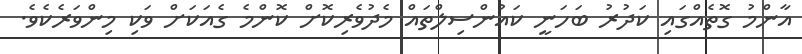
އާންމު ގޮތެއްގައި ކަދުރު ބަހަނީ ކައުންސިލްތައް މެދުވެރިކޮށް ކޮންމެ ގެއަކަށް ވަކި މިންވަރެކެވެ.